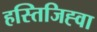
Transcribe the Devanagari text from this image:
हस्तिजिह्वा